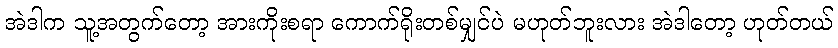
အဲဒါက သူ့အတွက်တော့ အားကိုးစရာ ကောက်ရိုးတစ်မျှင်ပဲ မဟုတ်ဘူးလား အဲဒါတော့ ဟုတ်တယ်